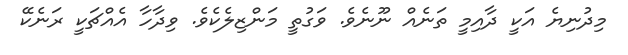
މިދުނިޔެ އަކީ ދާއިމީ ތަނެއް ނޫނެވެ. ވަގުތީ މަންޒިލެކެވެ. ވިދާހާ އެއްޗަކީ ރަނެކޭ